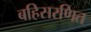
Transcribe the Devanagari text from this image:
बहिसरणित